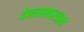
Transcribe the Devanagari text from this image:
देवताशास्त्रात